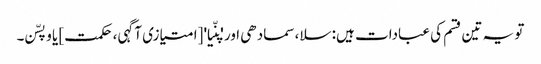
تو یہ تین قسم کی عبادات ہیں: سلا، سمادھی اور 'پنّیا' [امتیازی آگہی، حکمت] یا وپسّن۔